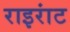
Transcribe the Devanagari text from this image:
राइरांट